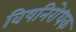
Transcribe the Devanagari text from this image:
विषनिरोधक